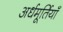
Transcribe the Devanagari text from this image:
अर्धमूर्तियाँ